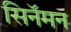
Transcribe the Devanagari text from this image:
सिनॅमन